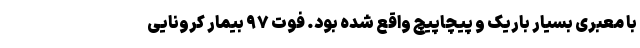
با معبری بسیار باریک و پیچاپیچ واقع شده بود. فوت ۹۷ بیمار کرونایی